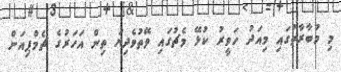
މި މުބާރާތުގައި މިއަދު ހަވީރު ކުޅޭ މެޗުގައި ވޭތުވެދިޔަ ތިން އަހަރުގެ ޗެމްޕިއަން